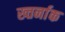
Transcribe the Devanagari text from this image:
ख्तर्नाक